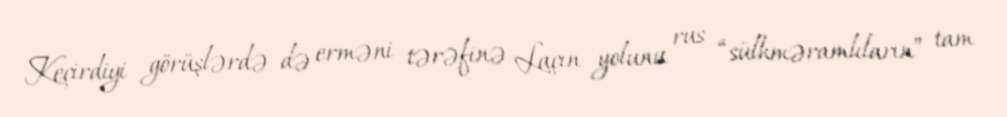
Keçirdiyi görüşlərdə də erməni tərəfinə Laçın yolunu rus “sülhməramlıların” tam